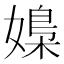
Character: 𡠿